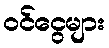
ဝင်ငွေများ